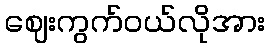
ဈေးကွက်ဝယ်လိုအား